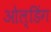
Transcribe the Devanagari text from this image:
ओल्डिंग